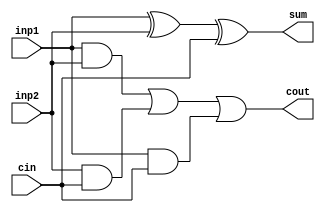
module Full_Adder(
input inp1, inp2, cin,
output sum, cout
);
assign sum = inp1 ^ inp2 ^ cin;
assign cout = (inp1&inp2) | (inp2&cin) | (inp1&cin); 

endmodule